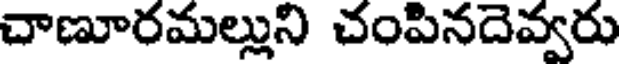
చాణూరమల్లుని చంపినదెవ్వరు